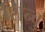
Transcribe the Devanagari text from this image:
शिन्वु